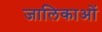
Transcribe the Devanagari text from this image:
जालिकाओं